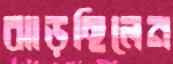
ঝাড়ছিলেন